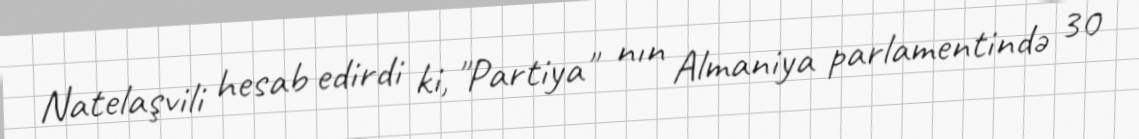
Natelaşvili hesab edirdi ki, "Partiya" nın Almaniya parlamentində 30